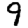
Digit: 9